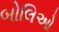
બોલિઓ